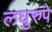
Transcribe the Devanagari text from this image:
लघुरुपे